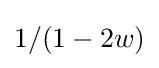
1/(1-2w)